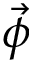
\vec { \phi }